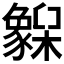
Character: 𬅌